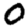
Digit: 0